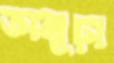
অনূঢ়া